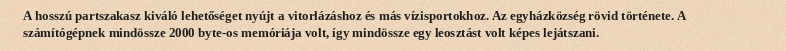
A hosszú partszakasz kiváló lehetőséget nyújt a vitorlázáshoz és más vízisportokhoz. Az egyházközség rövid története. A számítógépnek mindössze 2000 byte-os memóriája volt, így mindössze egy leosztást volt képes lejátszani.